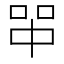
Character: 𰇪